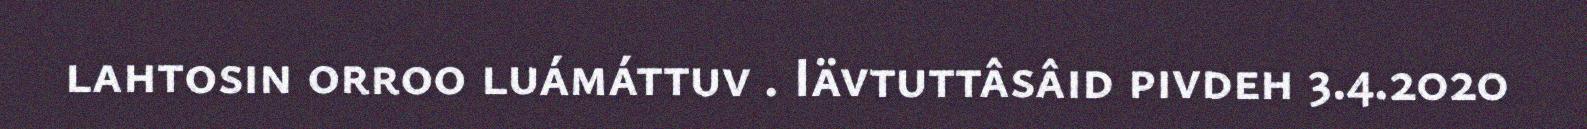
lahtosin orroo luámáttuv . Iävtuttâsâid pivdeh 3.4.2020